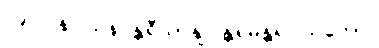
၂၉၂။ နိဝါသန န္တရီယာနျ၊ န္တရမန္တရဝါသကော။